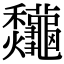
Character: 𪛁